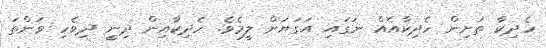
ހެދިކާ ތަށިން ހެދިކާއެއް ނަގައި އަގަޔަށް ލީމެވެ. ހެދިކާއިން ދިނީ ދިވެހި ވަންތަ